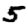
Digit: 5